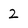
Character: 2